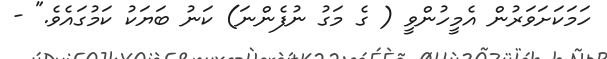
ހަމަކަށަވަރުން އެމީހުންވީ ( ގެ މަގު ނުފެންނަ) ކަނު ބަޔަކު ކަމުގައެވެ." -